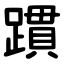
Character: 躀